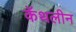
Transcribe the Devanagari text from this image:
कॅथलीन